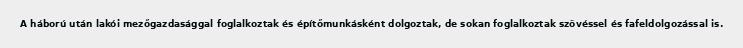
A háború után lakói mezőgazdasággal foglalkoztak és építőmunkásként dolgoztak, de sokan foglalkoztak szövéssel és fafeldolgozással is.